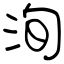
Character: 洵